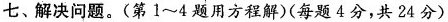
七、解决问题。(第1~4题用方程解)(每题4分，共24分)